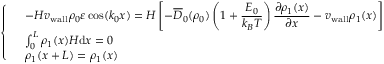
\left\{ \begin{array} { l l } & { - H { v _ { \mathrm { w a l l } } } \rho _ { 0 } \varepsilon \cos ( k _ { 0 } x ) = \displaystyle H \left[ - \overline { { D } } _ { 0 } ( \rho _ { 0 } ) \left( 1 + \frac { E _ { 0 } } { k _ { B } T } \right) \frac { \partial \rho _ { 1 } ( x ) } { \partial x } - v _ { \mathrm { w a l l } } \rho _ { 1 } ( x ) \right] } \\ & { \int _ { 0 } ^ { L } \rho _ { 1 } ( x ) H \mathrm { d } x = 0 } \\ & { \rho _ { 1 } ( x + L ) = \rho _ { 1 } ( x ) } \end{array} \right.